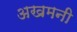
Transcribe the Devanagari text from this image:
अखमनी